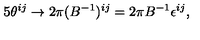
5 \theta ^ { i j } \to 2 \pi ( B ^ { - 1 } ) ^ { i j } = 2 \pi B ^ { - 1 } \epsilon ^ { i j } ,